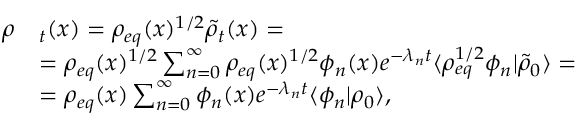
\begin{array} { r l } { \rho } & { _ t ( x ) = \rho _ { e q } ( x ) ^ { 1 / 2 } \tilde { \rho } _ { t } ( x ) = } \\ & { = \rho _ { e q } ( x ) ^ { 1 / 2 } \sum _ { n = 0 } ^ { \infty } \rho _ { e q } ( x ) ^ { 1 / 2 } \phi _ { n } ( x ) e ^ { - \lambda _ { n } t } \langle \rho _ { e q } ^ { 1 / 2 } \phi _ { n } \rvert \tilde { \rho } _ { 0 } \rangle = } \\ & { = \rho _ { e q } ( x ) \sum _ { n = 0 } ^ { \infty } \phi _ { n } ( x ) e ^ { - \lambda _ { n } t } \langle \phi _ { n } \rvert \rho _ { 0 } \rangle , } \end{array}